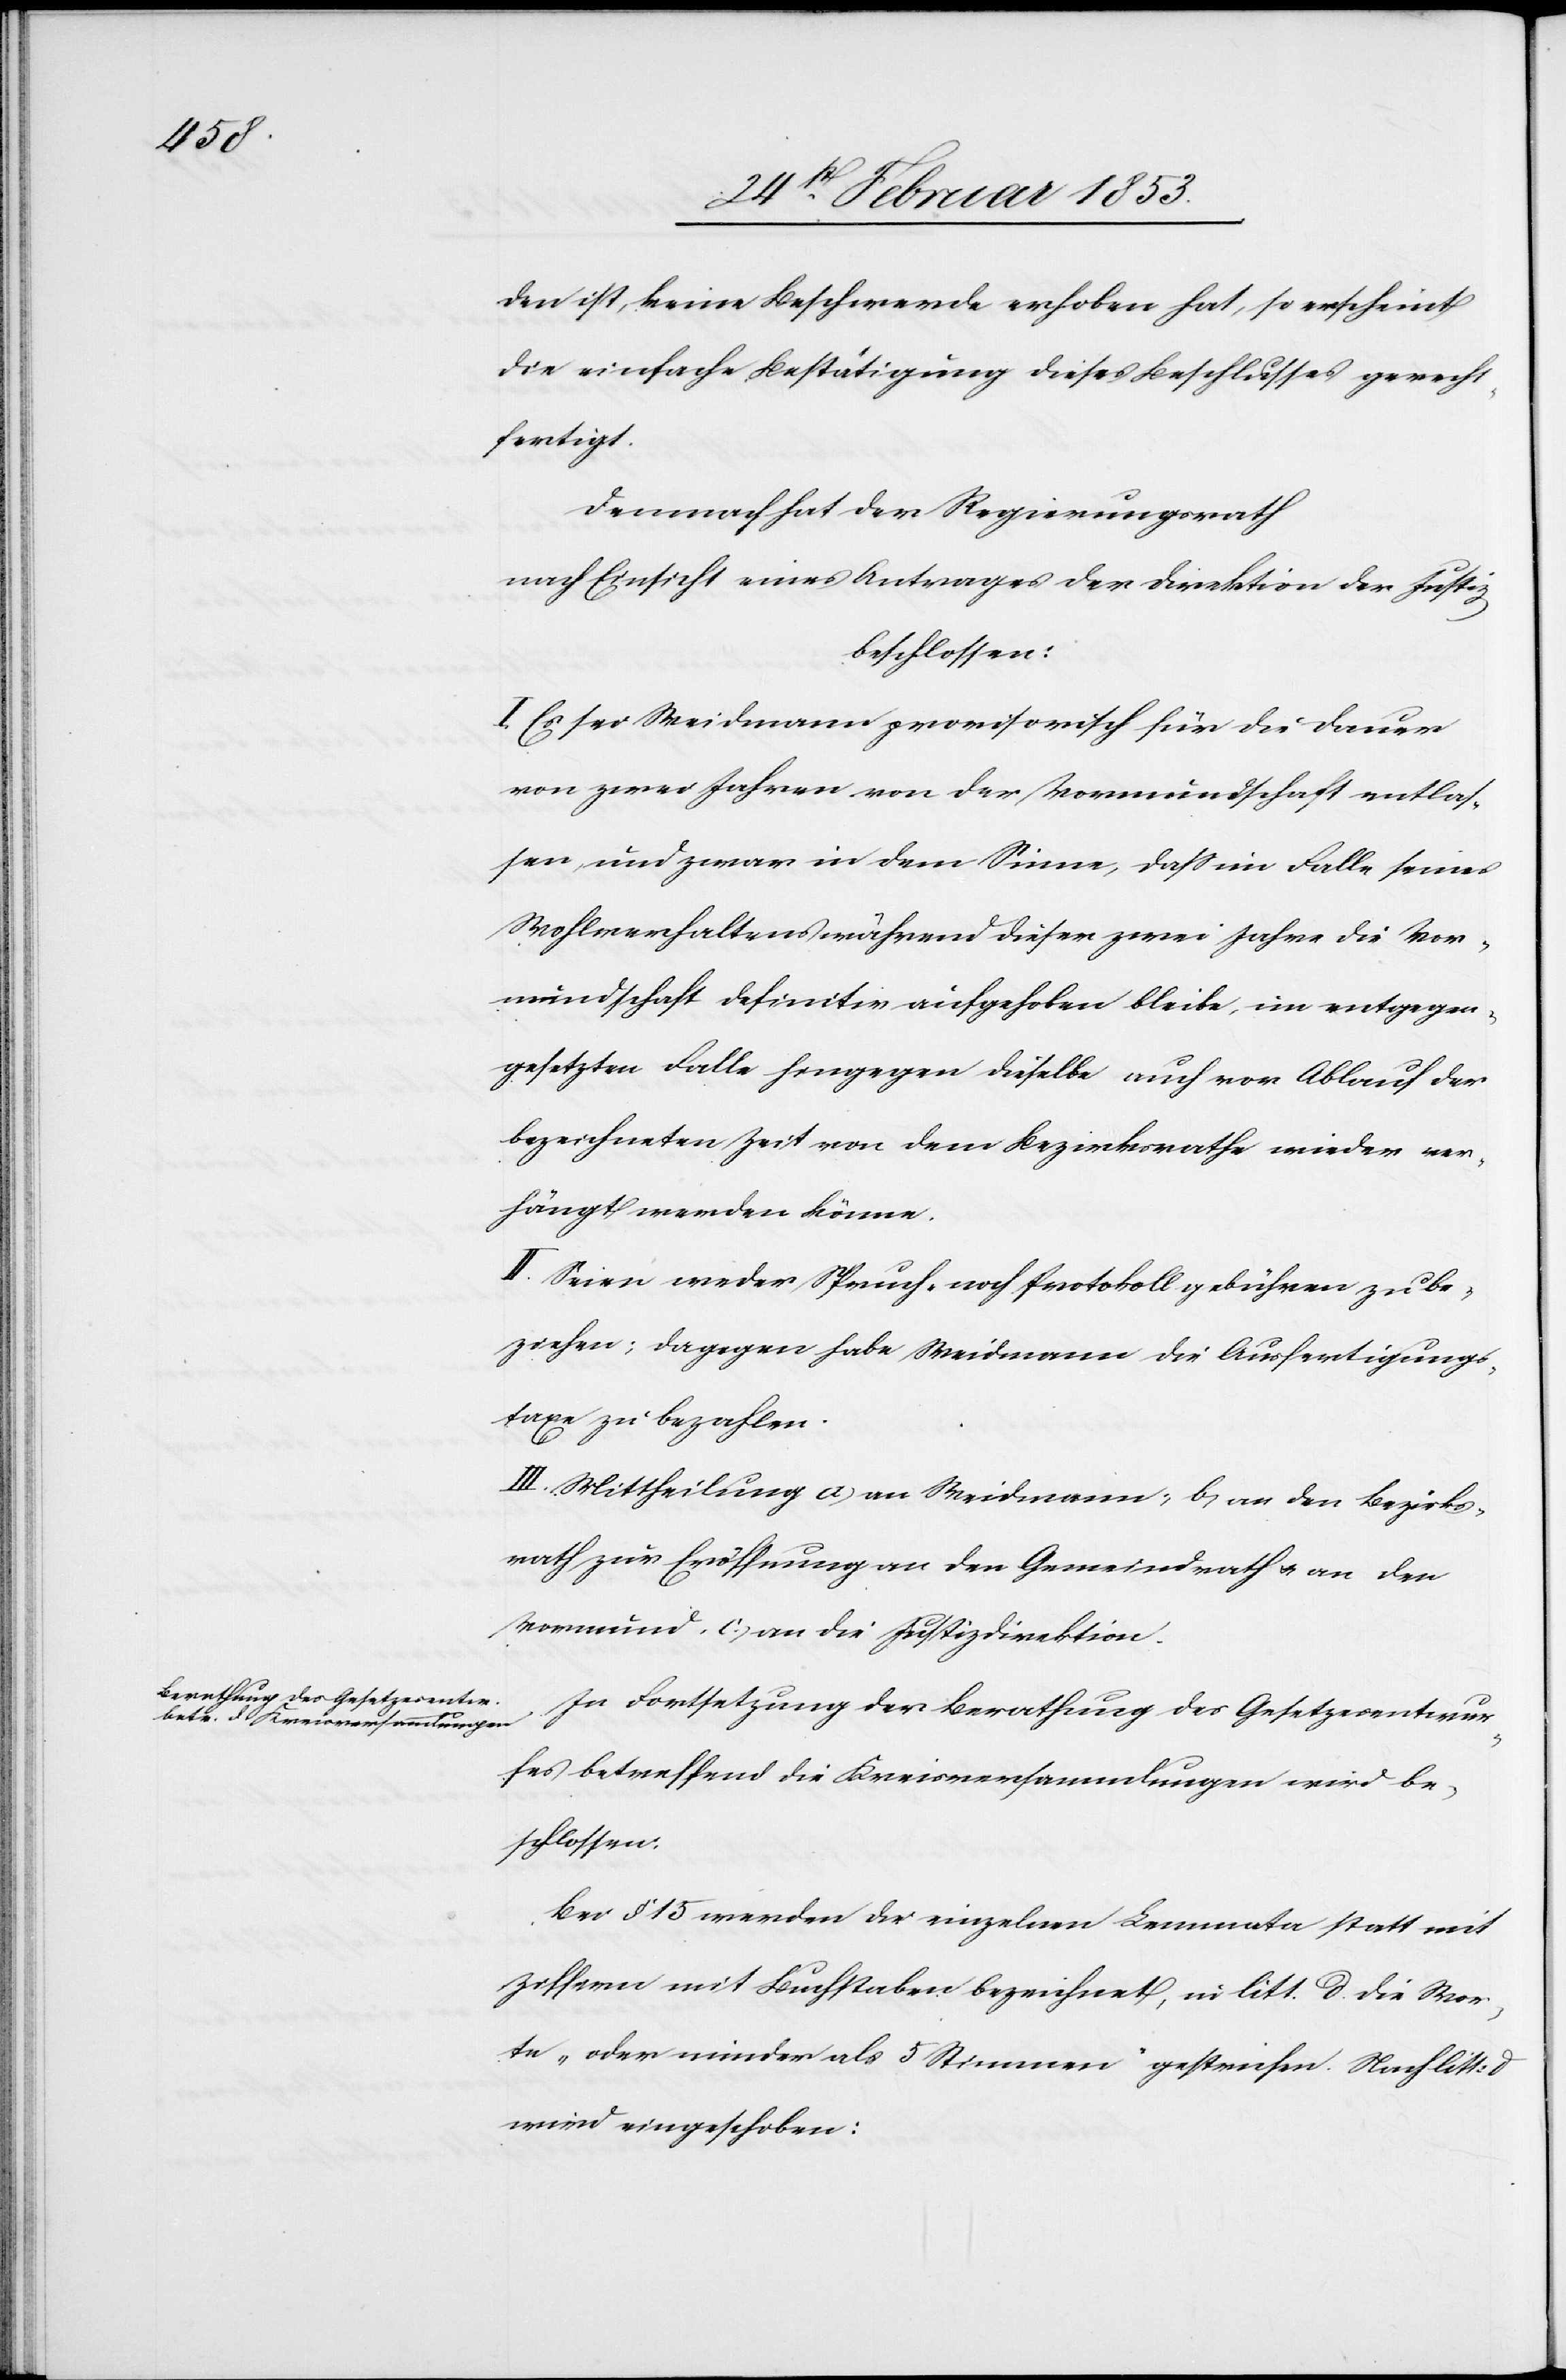
den ist, keine Beschwerde erhoben hat, so erscheint
die einfach Bestätigung dieses Beschlusses gerecht¬
fertigt.
Demnach hat der Regierungsrath
nach Einsicht eines Antrages der Direktion der Justiz
beschlossen:
I. Es sei Weidmann provisorisch für die Dauer
von zwei Jahren von der Vormundschaft entlas¬
sen und zwar in dem Sinne, daß im Falle seines
Wohlverhaltens während dieser zwei Jahre die Vor¬
mundschaft definitiv aufgehoben bleibe, im entgegen¬
gesetzten Falle hingegen dieselbe auch vor Ablauf der
bezeichneten Zeit von dem Bezirksrathe wieder ver¬
hängt werden könne.
II. Seien weder Spruch- noch Protokollsgebühren zu be¬
ziehen; dagegen habe Weidmann die Ausfertigungs¬
taxe zu bezahlen.
III. Mittheilung a, an Weidmann, b, an den Bezirks¬
rath zur Eröffnung an den Gemeindrathe u. an den
Vormund c, an die Justizdirektion.
In Fortsetzung der Berathung der Gesetzesentwur¬
fes betreffend die Kreisversammlungen wird be¬
schlossen.
Bei § 15 werden die einzelnen Lemmata statt mit
Ziffern mit Buchstaben bezeichnet, in litt. d die Wer¬
te “oder minder als 5 Stimmen“ gestrichen. Nach litt: d.
wird eingeschoben: